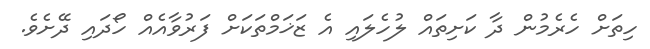
ހިތަށް ހެރެމުން ދާ ކަށިތައް ލުހެލައި އެ ޒަޚަމްތަކަށް ފަރުވާއެއް ހޯދައި ދޭށެވެ.